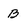
Character: B